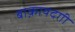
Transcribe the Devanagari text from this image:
बाक़ायदगी